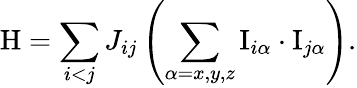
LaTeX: \mathrm{H}=\sum_{i<j}J_{ij}\left(\sum_{\alpha=x,y,z}\mathrm{I}_{i\alpha}\cdot\mathrm{I}_{j\alpha}\right).